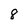
Character: 8